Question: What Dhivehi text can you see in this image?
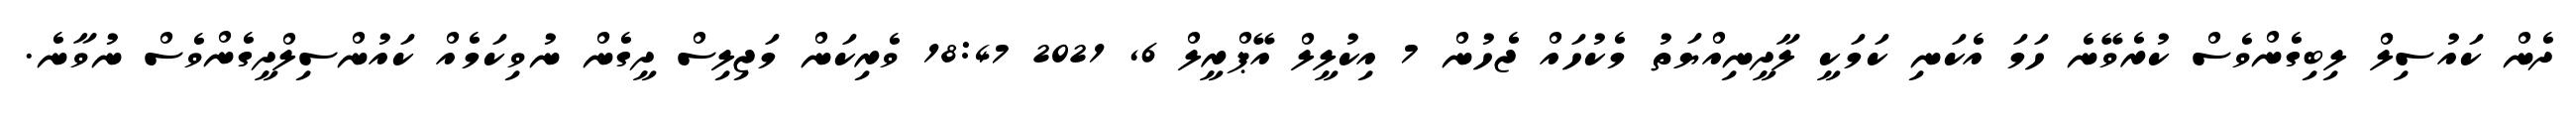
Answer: ދެން ކައުސިލް ލިބިގެންވެސް ކުރެވޭނެ ހަމަ އެކަނި ކަމަކީ ލާދީނިއްޔަތު މެކުހައް ޖެހުން 7 އިކުލީލް އޭޕްރީލް 6, 2021 18:47 ވެރިކަން މަޖިލިސް ދީގެން ނުވިކަމެއް ކައުންސިލްދީގެންވެސް ނުވާނެ.